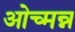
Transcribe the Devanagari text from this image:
ओच्मन्न